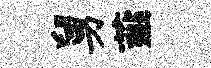
舅薤